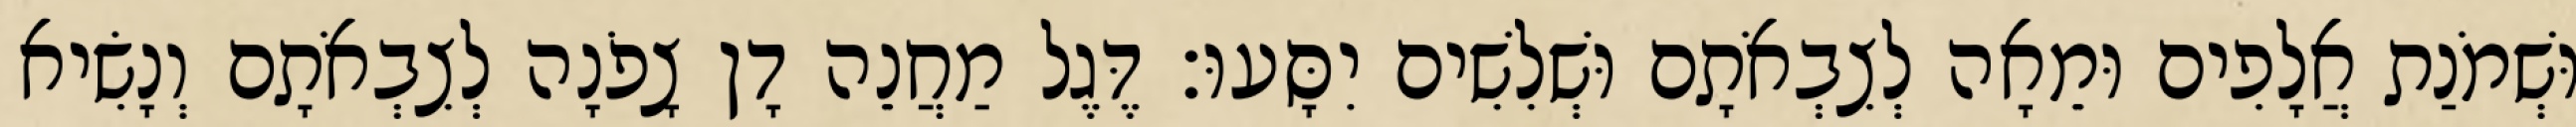
וּשְׁמֹנַת אֲלָפִים וּמֵאָה לְצִבְאֹתָם וּשְׁלִשִׁים יִסָּעוּ׃ דֶּגֶל מַחֲנֵה דָן צָפֹנָה לְצִבְאֹתָם וְנָשִׂיא